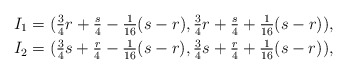
\begin{align*}&I_{1}=(\tfrac{3}{4}r+\tfrac{s}{4}-\tfrac{1}{16}(s-r),\tfrac{3}{4}r+\tfrac{s}{4}+\tfrac{1}{16}(s-r)), \\ & I_{2}=(\tfrac{3}{4}s+\tfrac{r}{4}-\tfrac{1}{16}(s-r),\tfrac{3}{4}s+\tfrac{r}{4}+\tfrac{1}{16}(s-r)), \end{align*}